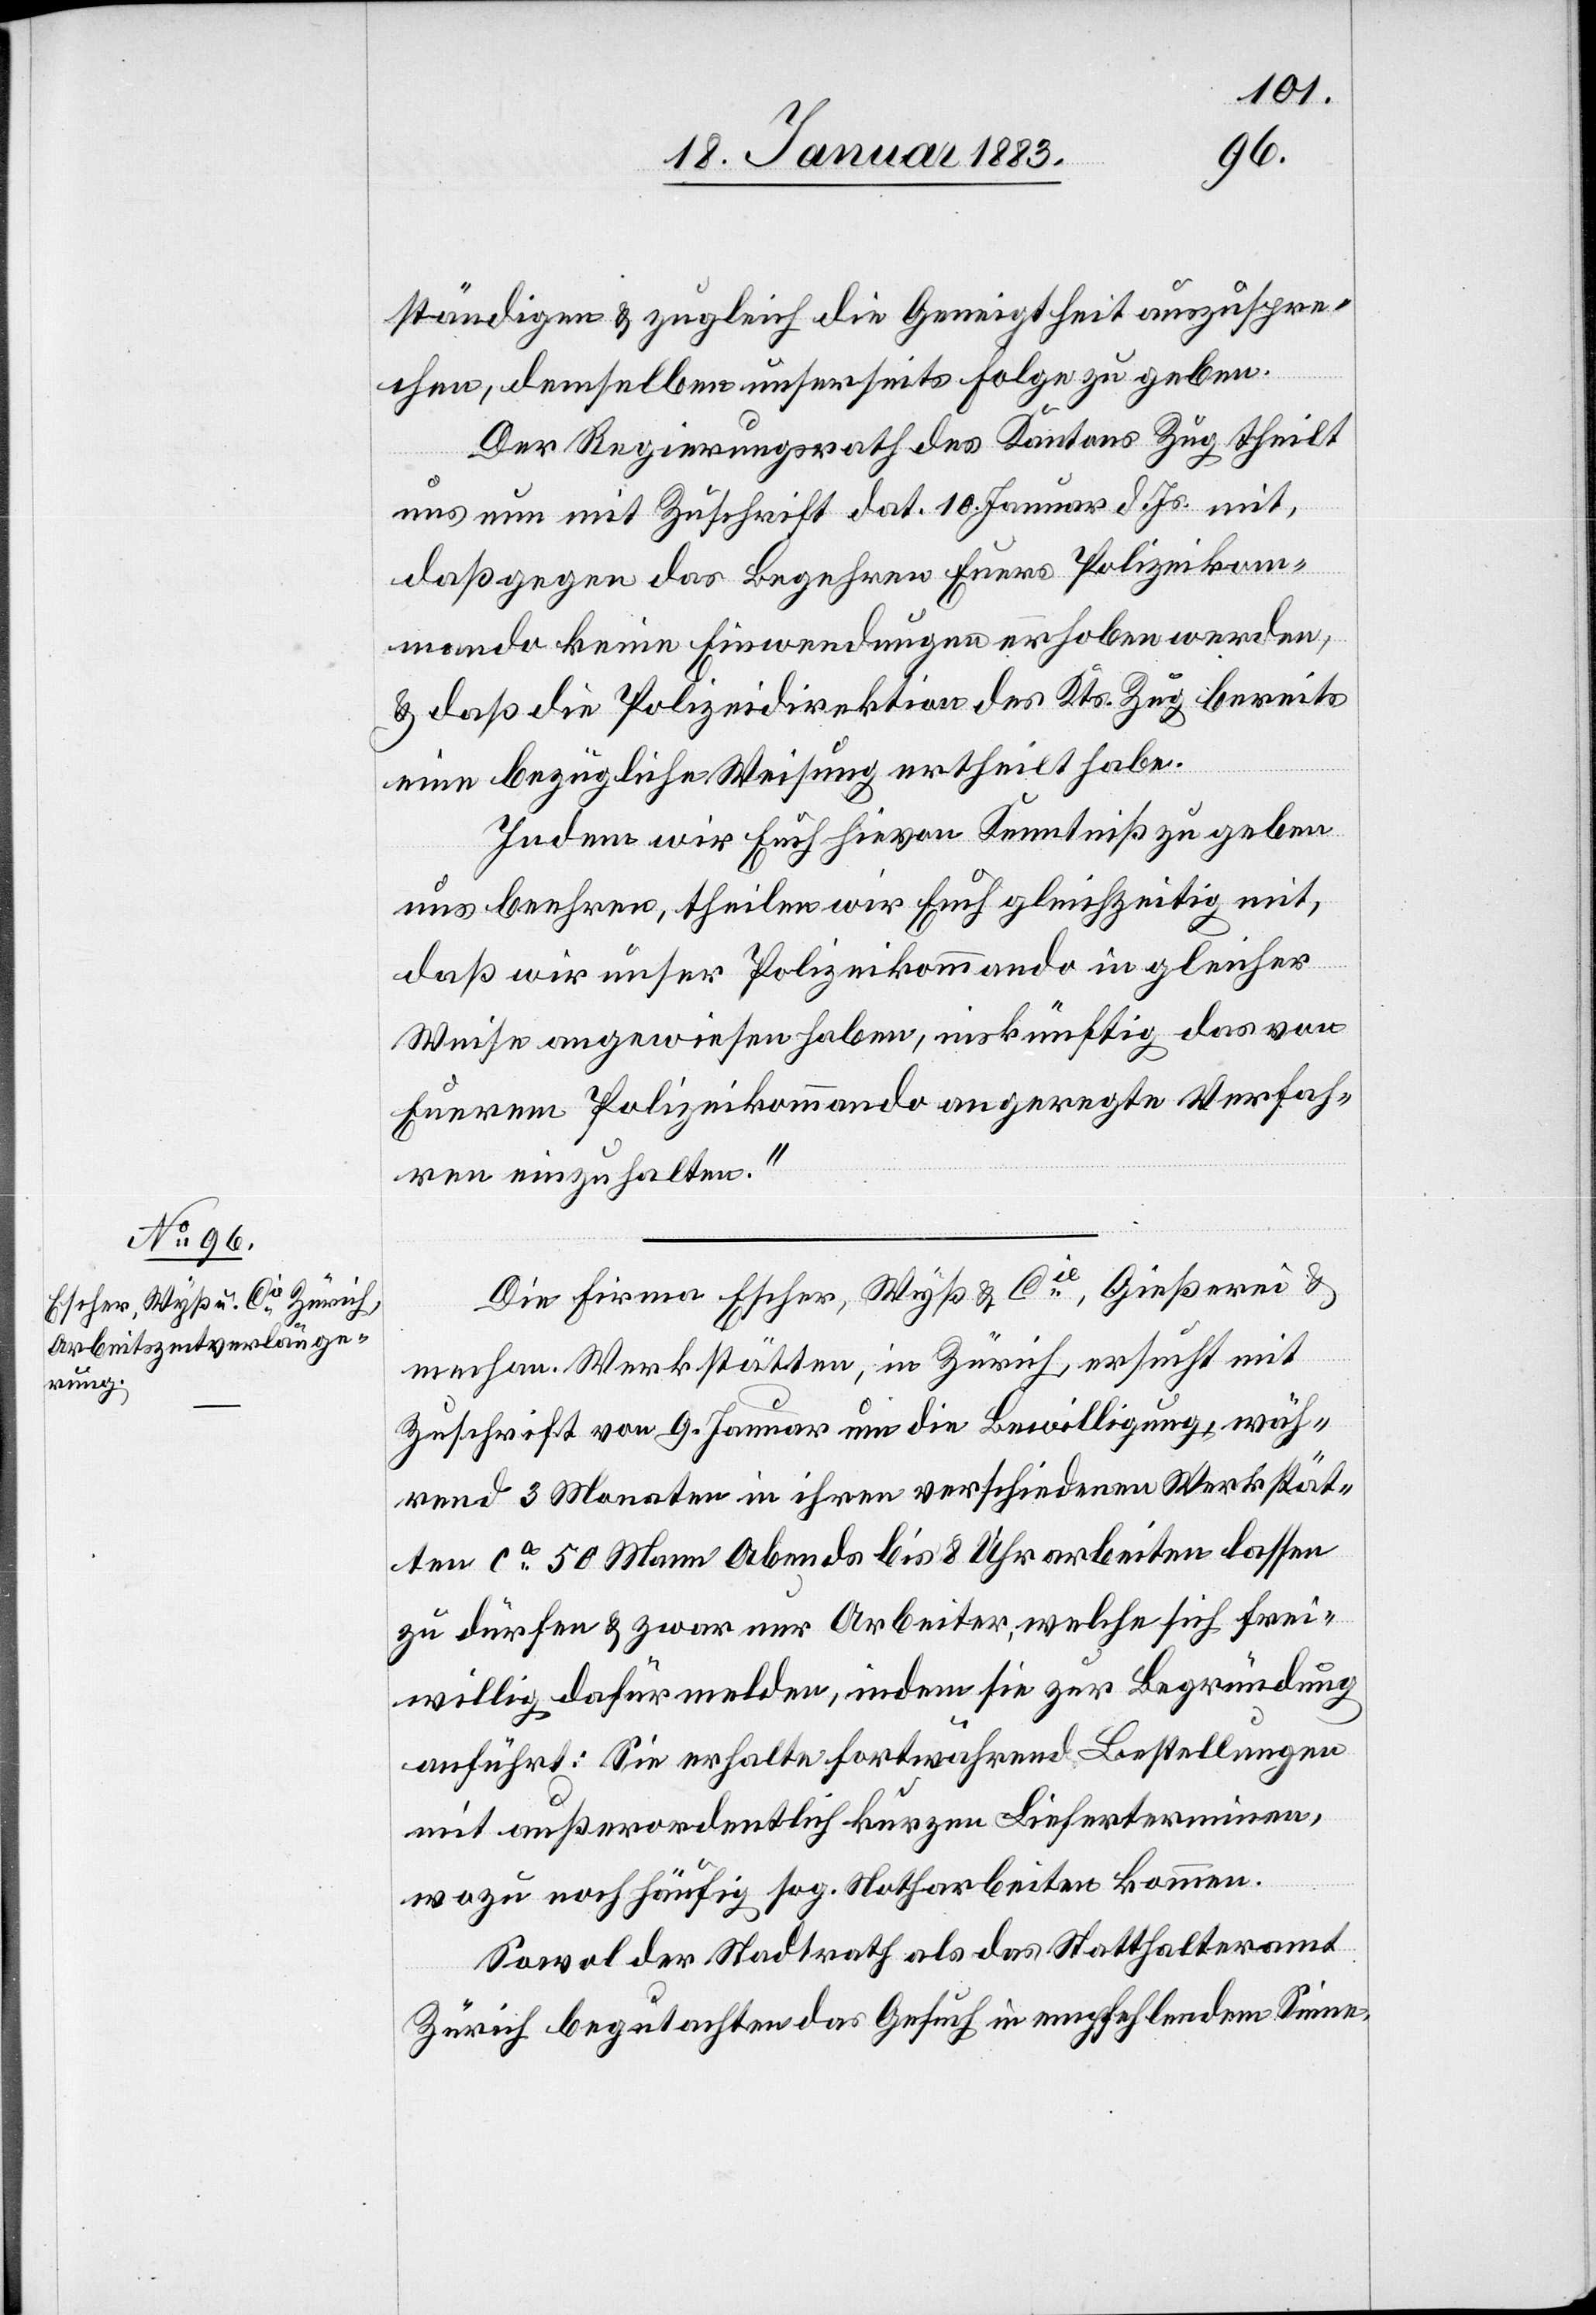
ständigen & zugleich die Geneigtheit auszuspre¬
chen, demselben unserseits Folge zu geben.
Der Regierungsrath des Kantons Zug theilt
uns nun mit Zuschrift dat. 10. Januar d. Js. mit,
daß gegen das Begehren Euers Polizeikom¬
mando keine Einwendungen erhoben werden,
& daß die Polizeidirektion des Kts. Zug bereits
eine bezügliche Weisung ertheilt habe.
Indem wir Euch hievon Kenntniß zu geben
uns beehren, theilen wir Euch gleichzeitig mit,
daß wir unser Polizeikommando in gleicher
Weise angewiesen haben, inskünftig das von
Euerm Polizeikommando angeregte Verfah¬
ren einzuhalten.“
Die Firma Escher, Wyß & Cie, Gießerei &
mechan. Werkstätten, in Zürich, ersucht mit
Zuschrift vom 9. Januar um die Bewilligung, wäh¬
rend 3 Monaten in ihren verschiedenen Werkstät¬
ten ca 50 Mann Abends bis 8 Uhr arbeiten lassen
zu dürfen & zwar nur Arbeiter, welche sich frei¬
willig dafür melden, indem sie zur Begründung
anführt: Sie erhalte fortwährend Bestellungen
mit außerordentlich kurzen Lieferterminen,
wozu noch häufig sog. Notharbeiten kommen.
Sowol der Stadtrath als das Statthalteramt
Zürich begutachten das Gesuch in empfehlendem Sinne.